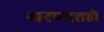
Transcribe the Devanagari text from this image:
धरणातही